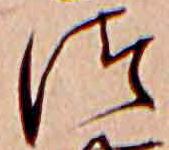
つ